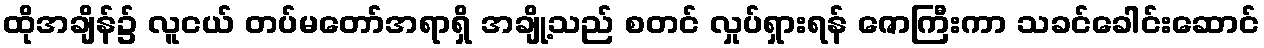
ထိုအချိန်၌ လူငယ် တပ်မတော်အရာရှိ အချို့သည် စတင် လှုပ်ရှားရန် ဇောကြီးကာ သခင်ခေါင်းဆောင်